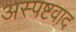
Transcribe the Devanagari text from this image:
अस्पष्टवाद